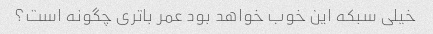
خیلی سبکه این خوب خواهد بود عمر باتری چگونه است؟